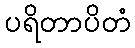
ပရိတာပိတံ